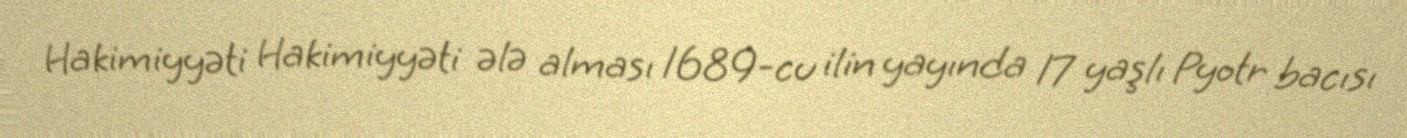
Hakimiyyəti Hakimiyyəti ələ alması 1689-cu ilin yayında 17 yaşlı Pyotr bacısı